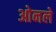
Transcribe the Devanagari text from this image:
ओनले